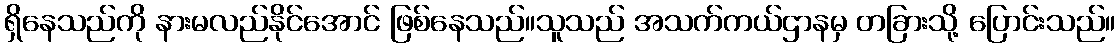
ရှိနေသည်ကို နားမလည်နိုင်အောင် ဖြစ်နေသည်။သူသည် အသက်ကယ်ဌာနမှ တခြားသို့ ပြောင်းသည်။